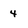
Character: 4